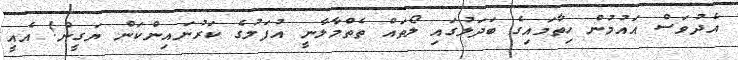
އެދުވަސް އައުމުން ހިތާމައިގެ ބަދަލުގައި ލޯތައް ތެތްމާލާނީ އުފަލުގެ ކަރުނައިންކަން ޔަގީން! އެއީ